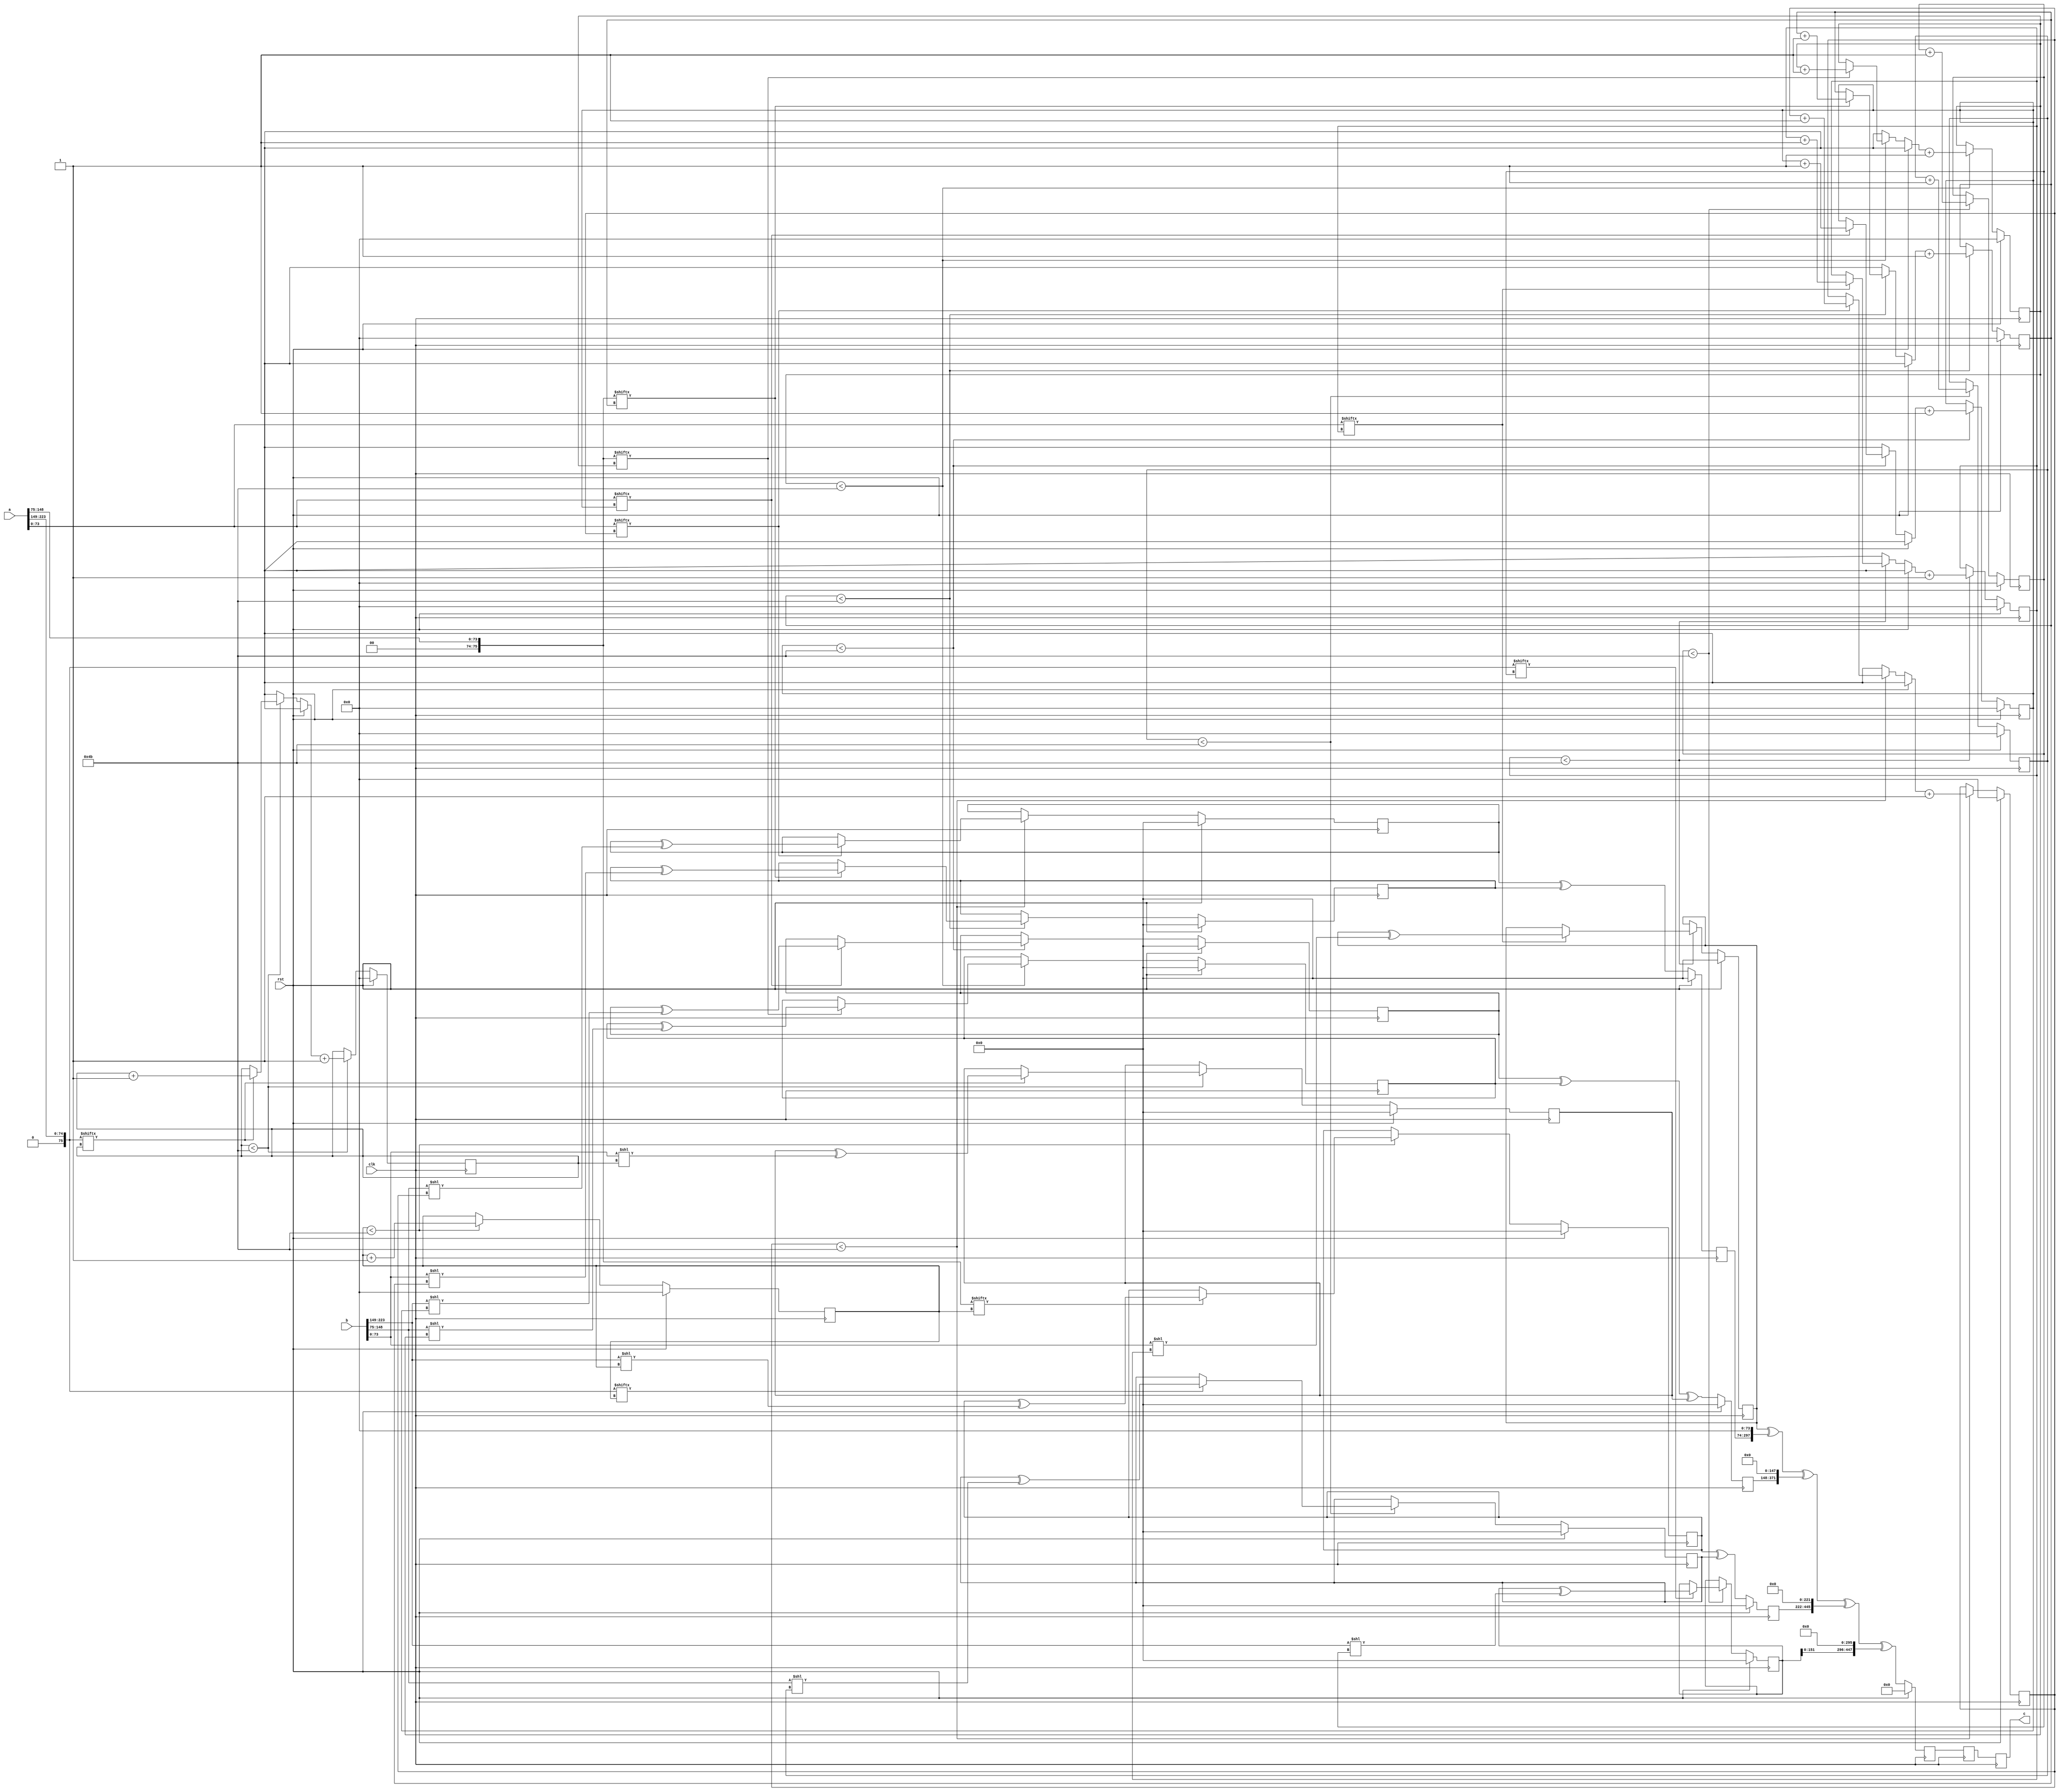
// TalTech large integer multiplier library
// Multiplier type: three_way_toom_cook
// Parameters: 224 224 3
// Target tool: genus
module three_way_toom_cook(clk, rst, a, b, c);
input clk;
input rst;
input [223:0] a;
input [223:0] b;
output reg [447:0] c;

// Pipeline register declaration 
reg [447:0] c_temp_2;
reg [447:0] c_temp_1;

// Wires declaration 
wire  [73:0] a0;
wire  [75:0] a1;
wire  [75:0] a2;
wire  [73:0] b0;
wire  [74:0] b1;
wire  [74:0] b2;

// Registers declaration 
reg  [73:0] counter_d;
reg  [73:0] counter_e1;
reg  [73:0] counter_e2;
reg  [73:0] counter_f1;
reg  [73:0] counter_f2;
reg  [73:0] counter_f3;
reg  [73:0] counter_g1;
reg  [73:0] counter_g2;
reg  [73:0] counter_h;
reg  [223:0] d;
reg  [223:0] e1_mul;
reg  [223:0] e2_mul;
reg  [223:0] e;
reg  [223:0] f1_mul;
reg  [223:0] f2_mul;
reg  [223:0] f3_mul;
reg  [223:0] f;
reg  [223:0] g1_mul;
reg  [223:0] g2_mul;
reg  [223:0] g;
reg  [223:0] h;
reg  [447:0] temp;

// Initial assignments to wires
assign a0 = a[74:0];
assign a1 = a[148:75];
assign a2 = a[223:149];
assign b0 = b[74:0];
assign b1 = b[148:75];
assign b2 = b[223:149];

// Step-1 of 3-Way TCM Multiplier
always @(posedge clk) begin
	if (rst) begin
		d <= 224'd0;
		counter_d <= 74'd0;
	end
	else if (counter_d < 75) begin
		if (a2[counter_d] == 1'b1) begin
			d <= d ^ (b2 << counter_d);
			counter_d <= counter_d + 1;
		end
		counter_d <= counter_d + 1;
	end
end

// Step-2 (Part-1) of 3-Way TCM Multiplier
always @(posedge clk) begin
	if (rst) begin
		e1_mul <= 224'd0;
		counter_e1 <= 74'd0;
	end
	else if (counter_e1 < 75) begin
		if (a1[counter_e1] == 1'b1) begin
			e1_mul <= e1_mul ^ (b2 << counter_e1);
			counter_e1 <= counter_e1 + 1;
		end
		counter_e1 <= counter_e1 + 1;
	end
end

// Step-2 (Part-2) of 3-Way TCM Multiplier
always @(posedge clk) begin
	if (rst) begin
		e2_mul <= 224'd0;
		counter_e2 <= 74'd0;
	end
	else if (counter_e2 < 75) begin
		if (a2[counter_e1] == 1'b1) begin
			e2_mul <= e2_mul ^ (b1 << counter_e2);
			counter_e2 <= counter_e2 + 1;
		end
		counter_e2 <= counter_e2 + 1;
	end
end

// Step-2 (Part-3) of 3-Way TCM Multiplier
always @(posedge clk) begin
	if (rst) begin
		e = 224'd0;
	end
	else begin
		e = e1_mul ^ e2_mul; 
	end
end

// Step-3 (Part-1) of 3-Way TCM Multiplier
always @(posedge clk) begin
	if (rst) begin
		f1_mul = 224'd0;
		counter_f1 = 74'd0;
	end
	else if (counter_f1 < 75) begin
		if (a0[counter_f1] == 1'b1) begin
			f1_mul = f1_mul ^ (b2 << counter_f1);
			counter_f1 = counter_f1 + 1;
		end
		counter_f1 = counter_f1 + 1;
	end
end

// Step-3 (Part-2) of 3-Way TCM Multiplier
always @(posedge clk) begin
	if (rst) begin
		f2_mul = 224'd0;
		counter_f2 = 74'd0;
	end
	else if (counter_f2 < 75) begin
		if (a1[counter_f2] == 1'b1) begin
			f2_mul = f2_mul ^ (b1 << counter_f2);
			counter_f2 = counter_f2 + 1;
		end
		counter_f2 = counter_f2 + 1;
	end
end

// Step-3 (Part-3) of 3-Way TCM Multiplier
always @(posedge clk) begin
	if (rst) begin
		f3_mul = 224'd0;
		counter_f3 = 74'd0;
	end
	else if (counter_f3 < 75) begin
		if (a2[counter_f3] == 1'b1) begin
			f3_mul = f3_mul ^ (b0 << counter_f3);
			counter_f3 = counter_f3 + 1;
		end
		counter_f3 = counter_f3 + 1;
	end
end

// Step-3 (Part-4) of 3-Way TCM Multiplier
always @(posedge clk) begin
	if (rst) begin
		f = 224'd0;
	end
	else begin
		f = f1_mul ^ f2_mul ^ f3_mul; 
	end
end

// Step-4 (Part-1) of 3-Way TCM Multiplier
always @(posedge clk) begin
	if (rst) begin
		g1_mul = 224'd0;
		counter_g1 = 74'd0;
	end
	else if (counter_g1 < 75) begin
		if (a0[counter_g1] == 1'b1) begin
			g1_mul = g1_mul ^ (b1 << counter_g1);
			counter_g1 = counter_g1 + 1;
		end
		counter_g1 = counter_g1 + 1;
	end
end

// Step-4 (Part-2) of 3-Way TCM Multiplier
always @(posedge clk) begin
	if (rst) begin
		g2_mul = 224'd0;
		counter_g2 = 74'd0;
	end
	else if (counter_g2 < 75) begin
		if (a1[counter_g2] == 1'b1) begin
			g2_mul = g2_mul ^ (b0 << counter_g2);
			counter_g2 = counter_g2 + 1;
		end
		counter_g2 = counter_g2 + 1;
	end
end

// Step-4 (Part-3) of 3-Way TCM Multiplier
always @(posedge clk) begin
	if (rst) begin
		g = 224'd0;
	end
	else begin
		g = g1_mul ^ g2_mul; 
	end
end

// Step-5 of 3-Way TCM Multiplier
always @(posedge clk) begin
	if (rst) begin
		h = 224'd0;
		counter_h = 74'd0;
	end
	else if (counter_h < 75) begin
		if (a0[counter_h] == 1'b1) begin
			h = h ^ (b0 << counter_h);
			counter_h = counter_h + 1;
		end
	counter_h = counter_h + 1;
	end
end

// Step-6 of 3-Way TCM Multiplier
always @(posedge clk) begin
	if (rst) begin
		temp = 448'd0;
		c_temp_2 = 448'd0;
	end
	else begin
		temp = h;
		temp = temp ^ (g << 74);
		temp = temp ^ (f << 148);
		temp = temp ^ (e << 222);
		temp = temp ^ (d << 296);
		c_temp_2 = temp;
	end
end

// pipeline stages
always @(posedge clk) begin
	c <= c_temp_1;
	c_temp_1 <= c_temp_2;
end
endmodule